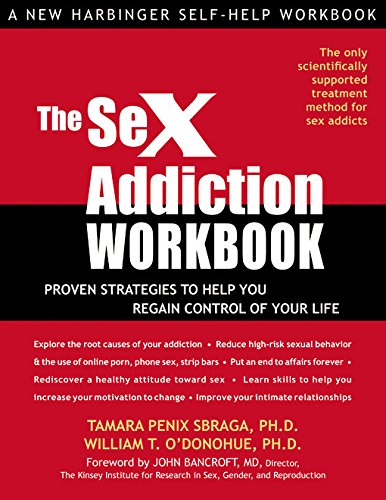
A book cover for The Sex Addiction Workbook: Proven Strategies to Help You Regain Control of Your Life (New Harbinger Self-Help Workbook); William T. O'Donohue; Health, Fitness & Dieting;